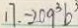
1 7 . - 2 0 9 ^ { 3 } b ^ { 3 }